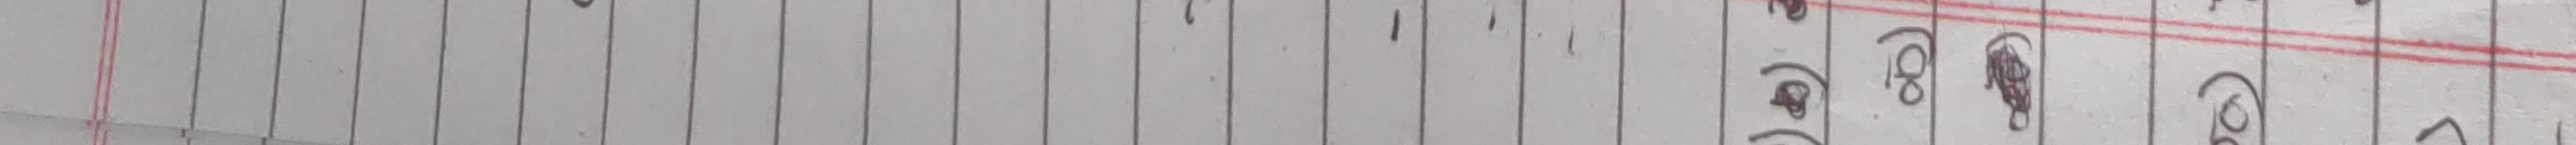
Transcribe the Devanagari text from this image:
(९) (८) (७) (६)